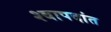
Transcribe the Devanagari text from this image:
श्वापदांत